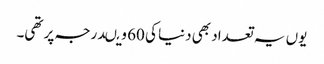
یوں یہ تعداد بھی دنیا کی 60 ویںدرجہ پر تھی۔